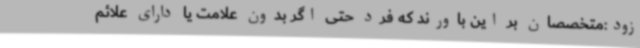
زود:متخصصان بر این باورند که فرد حتی اگر بدون علامت یا دارای علائم